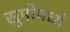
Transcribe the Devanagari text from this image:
सुमोमध्ये